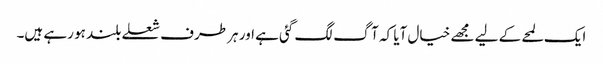
ایک لمحے کے لیے مجھے خیال آیا کہ آگ لگ گئی ہے اور ہر طرف شعلے بلند ہو رہے ہیں۔